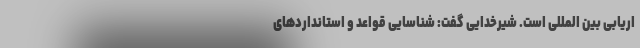
اریابی بین المللی است. شیرخدایی گفت: شناسایی قواعد و استانداردهای